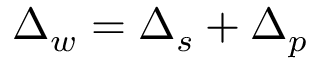
\Delta _ { w } = \Delta _ { s } + \Delta _ { p }